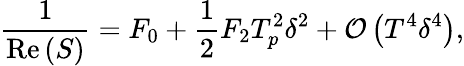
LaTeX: \frac{1}{\mathrm{Re}\left(S\right)}=F_{0}+\frac{1}{2}F_{2}T_{p}^{2}\delta^{2}+\mathcal{O}\left(T^{4}\delta^{4}\right),